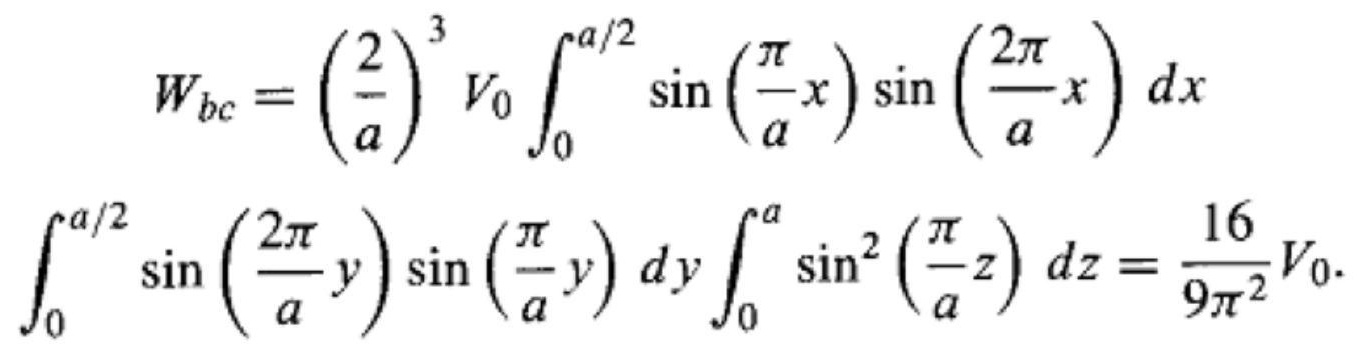
\[
\begin{align*}
W_{bc}&=\left(\frac{2}{a}\right)^{3}V_{0}\int_{0}^{a/2}\sin\left(\frac{\pi}{a}x\right)\sin\left(\frac{2\pi}{a}x\right)dx\\
\int_{0}^{a/2}\sin\left(\frac{2\pi}{a}y\right)\sin\left(\frac{\pi}{a}y\right)dy\int_{0}^{a}\sin^{2}\left(\frac{\pi}{a}z\right)dz&=\frac{16}{9\pi^{2}}V_{0}.
\end{align*}
\]